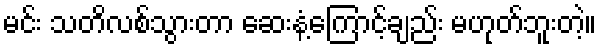
မင်း သတိလစ်သွားတာ ဆေးနံ့ကြောင့်ချည်း မဟုတ်ဘူးတဲ့။